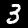
Digit: 3